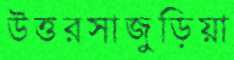
উত্তরসাজুড়িয়া